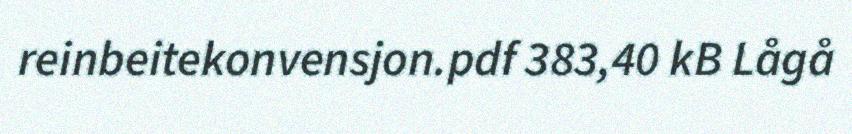
reinbeitekonvensjon.pdf 383,40 kB Lågå